Scottish Leaving Certificate Examination, 1953
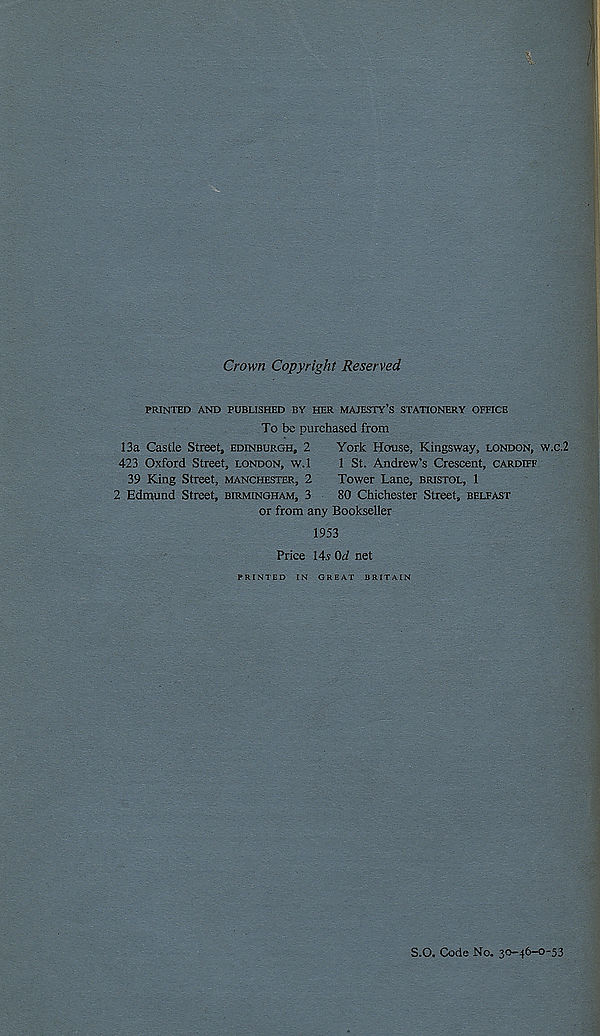
Crown Copyright Reserved
PRINTED AND PUBLISHED BY HER MAJESTY’S STATIONERY OFFICE
To be purchased from
13a Castle Street, Edinburgh, 2
York House, Kingsway, London, w.c.2
423 Oxford Street, London, w.l
1 St. Andrew’s Crescent, Cardiff
39 King Street, Manchester, 2
Tower Lane, Bristol, 1
2 Edmund Street, Birmingham, 3
80 Chichester Street, Belfast
or from any Bookseller
1953
Price 14.s Od net
PRINTED IN GREAT BRITAIN
S.O. Code No. 30-46-0-53